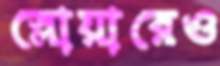
স্লোয়ারেও